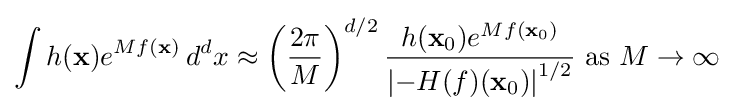
\int h(\mathbf {x} )e^{Mf(\mathbf {x} )}\,d^{d}x\approx \left({\frac {2\pi }{M}}\right)^{d/2}{\frac {h(\mathbf {x} _{0})e^{Mf(\mathbf {x} _{0})}}{\left|-H(f)(\mathbf {x} _{0})\right|^{1/2}}}{\text{ as }}M\to \infty